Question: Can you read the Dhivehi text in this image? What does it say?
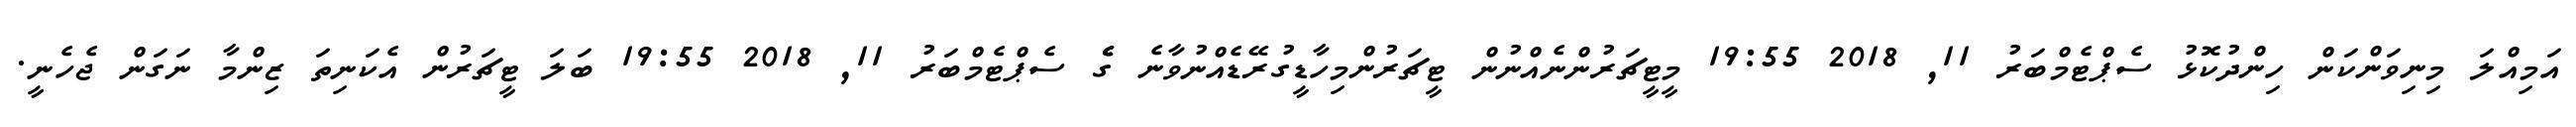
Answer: އަމިއްލަ މިނިވަންކަން ހިންދުކޮޅު ސެޕްޓެމްބަރު 11, 2018 19:55 މީޓީޗަރުންނެއްނުން ޓީޗަރުންމިހާޑީގުރޭޑެއްނުވާނެ ގެެެ ސެޕްޓެމްބަރު 11, 2018 19:55 ބަލަ ޓީޗަރުން އެކަނިތަ ޒިންމާ ނަގަން ޖެހެނީ.